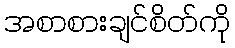
အစာစားချင်စိတ်ကို